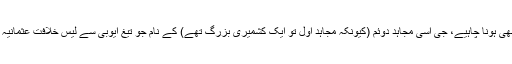
میں تو کہتا ہوں کہ ایک اکادمی ایوارڈ خلیفہ البغدادی کے نام پر بھی ہونا چاہیے، جی اسی مجاہد دوئم (کیونکہ مجاہد اول تو ایک کشمیری بزرگ تھے) کے نام جو تیغ ایوبی سے لیس خلافت عثمانیہ کی بحالی کے لئے یزیدیوں کی “نسلیں بدلنے میں مصروف” ہے۔